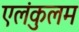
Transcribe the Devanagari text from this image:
एलंकुलम